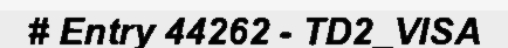
# Entry 44262 - TD2_VISA